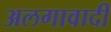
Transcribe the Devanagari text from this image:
अलगावादी